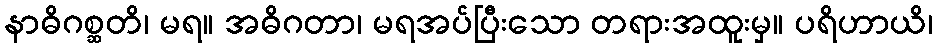
နာဓိဂစ္ဆတိ၊ မရ။ အဓိဂတာ၊ မရအပ်ပြီးသော တရားအထူးမှ။ ပရိဟာယိ၊